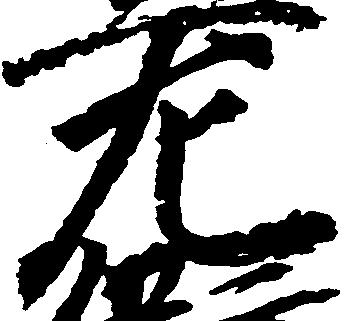
左